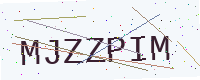
Text: MJZZPIM